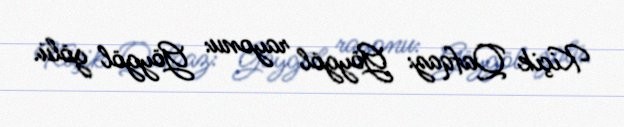
Kiçik Qafqaz: Göygöl rayonu: Göygöl gölü.